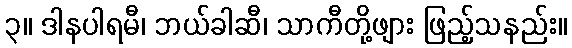
၃။ ဒါနပါရမီ၊ ဘယ်ခါဆီ၊ သာကီတို့ဖျား ဖြည့်သနည်း။